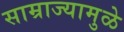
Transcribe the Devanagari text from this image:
साम्राज्यामुळे